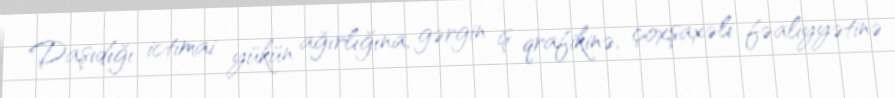
Daşıdığı ictimai yükün ağırlığına, gərgin iş qrafikinə, çoxşaxəli fəaliyyətinə